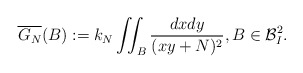
\begin{align*} \overline{G_N}(B) := k_N \int\!\!\!\int_{B}\frac{dxdy}{(xy+N)^2}, B \in {\mathcal{B}}^2_I.\end{align*}